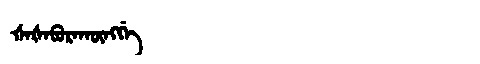
Manchu: ᡧᠠᡧᠠᠪᡠᡵᠠᡴᡡᠩᡤᡝ
Romanization: ŠAŠABURAKŪNGGE